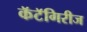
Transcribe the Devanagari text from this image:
कॅटॅगिरीज